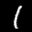
Label: 1